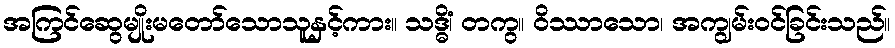
အကြင်ဆွေမျိုးမတော်သောသူနှင့်ကား။ သဒ္ဓိံ၊ တကွ။ ဝိဿာသော၊ အကျွမ်းဝင်ခြင်းသည်။